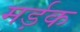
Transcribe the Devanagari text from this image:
मर्ड़क